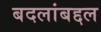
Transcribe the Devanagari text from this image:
बदलांबद्दल